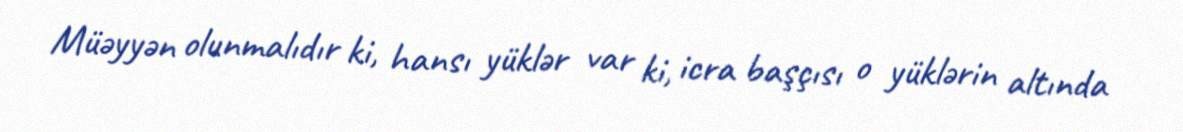
Müəyyən olunmalıdır ki, hansı yüklər var ki, icra başçısı o yüklərin altında